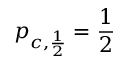
p _ { c , \frac { 1 } { 2 } } = \frac { 1 } { 2 }